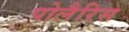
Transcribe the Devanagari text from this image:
पोलैरिस